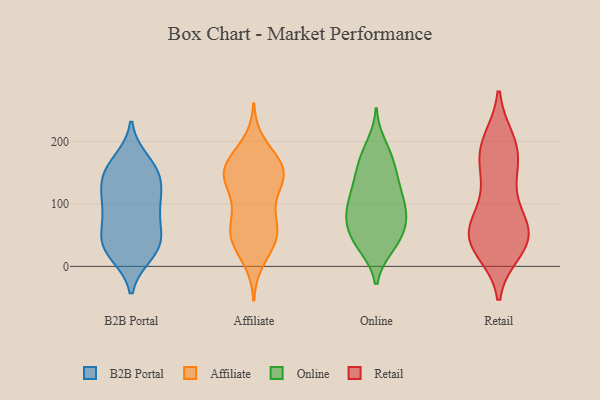
{"axis": {"x": "Revenue (USD Million)", "y": "Value"}, "legend": ["Affiliate", "B2B Portal", "Online", "Retail"], "data": [{"x": "", "y": 155, "type": "B2B Portal"}, {"x": "", "y": 146, "type": "B2B Portal"}, {"x": "", "y": 47, "type": "B2B Portal"}, {"x": "", "y": 91, "type": "B2B Portal"}, {"x": "", "y": 109, "type": "B2B Portal"}, {"x": "", "y": 122, "type": "B2B Portal"}, {"x": "", "y": 29, "type": "B2B Portal"}, {"x": "", "y": 168, "type": "B2B Portal"}, {"x": "", "y": 44, "type": "B2B Portal"}, {"x": "", "y": 20, "type": "B2B Portal"}, {"x": "", "y": 133, "type": "B2B Portal"}, {"x": "", "y": 92, "type": "B2B Portal"}, {"x": "", "y": 78, "type": "B2B Portal"}, {"x": "", "y": 24, "type": "B2B Portal"}, {"x": "", "y": 41, "type": "B2B Portal"}, {"x": "", "y": 155, "type": "B2B Portal"}, {"x": "", "y": 168, "type": "Affiliate"}, {"x": "", "y": 116, "type": "Affiliate"}, {"x": "", "y": 41, "type": "Affiliate"}, {"x": "", "y": 97, "type": "Affiliate"}, {"x": "", "y": 154, "type": "Affiliate"}, {"x": "", "y": 143, "type": "Affiliate"}, {"x": "", "y": 39, "type": "Affiliate"}, {"x": "", "y": 72, "type": "Affiliate"}, {"x": "", "y": 161, "type": "Affiliate"}, {"x": "", "y": 10, "type": "Affiliate"}, {"x": "", "y": 39, "type": "Affiliate"}, {"x": "", "y": 196, "type": "Affiliate"}, {"x": "", "y": 56, "type": "Affiliate"}, {"x": "", "y": 147, "type": "Affiliate"}, {"x": "", "y": 164, "type": "Affiliate"}, {"x": "", "y": 155, "type": "Affiliate"}, {"x": "", "y": 62, "type": "Affiliate"}, {"x": "", "y": 140, "type": "Affiliate"}, {"x": "", "y": 130, "type": "Affiliate"}, {"x": "", "y": 59, "type": "Affiliate"}, {"x": "", "y": 91, "type": "Online"}, {"x": "", "y": 90, "type": "Online"}, {"x": "", "y": 127, "type": "Online"}, {"x": "", "y": 47, "type": "Online"}, {"x": "", "y": 137, "type": "Online"}, {"x": "", "y": 103, "type": "Online"}, {"x": "", "y": 175, "type": "Online"}, {"x": "", "y": 88, "type": "Online"}, {"x": "", "y": 32, "type": "Online"}, {"x": "", "y": 136, "type": "Online"}, {"x": "", "y": 80, "type": "Online"}, {"x": "", "y": 65, "type": "Online"}, {"x": "", "y": 69, "type": "Online"}, {"x": "", "y": 161, "type": "Online"}, {"x": "", "y": 194, "type": "Online"}, {"x": "", "y": 174, "type": "Online"}, {"x": "", "y": 34, "type": "Online"}, {"x": "", "y": 118, "type": "Online"}, {"x": "", "y": 58, "type": "Online"}, {"x": "", "y": 31, "type": "Online"}, {"x": "", "y": 27, "type": "Retail"}, {"x": "", "y": 125, "type": "Retail"}, {"x": "", "y": 168, "type": "Retail"}, {"x": "", "y": 54, "type": "Retail"}, {"x": "", "y": 50, "type": "Retail"}, {"x": "", "y": 43, "type": "Retail"}, {"x": "", "y": 199, "type": "Retail"}, {"x": "", "y": 52, "type": "Retail"}, {"x": "", "y": 167, "type": "Retail"}, {"x": "", "y": 103, "type": "Retail"}, {"x": "", "y": 192, "type": "Retail"}, {"x": "", "y": 46, "type": "Retail"}, {"x": "", "y": 63, "type": "Retail"}, {"x": "", "y": 190, "type": "Retail"}, {"x": "", "y": 38, "type": "Retail"}]}